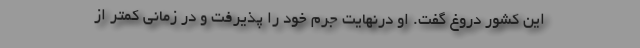
این کشور دروغ گفت. او درنهایت جرم خود را پذیرفت و در زمانی کمتر از